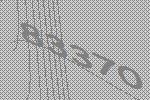
83370